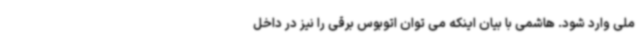
ملی وارد شود. هاشمی با بیان اینکه می توان اتوبوس برقی را نیز در داخل